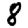
Digit: 8